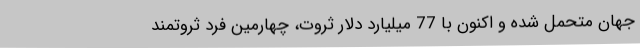
جهان متحمل شده و اکنون با 77 میلیارد دلار ثروت، چهارمین فرد ثروتمند